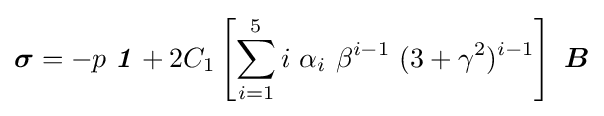
{\boldsymbol {\sigma }}=-p~{\boldsymbol {\mathit {1}}}+2C_{1}\left[\sum _{i=1}^{5}i~\alpha _{i}~\beta ^{i-1}~(3+\gamma ^{2})^{i-1}\right]~{\boldsymbol {B}}